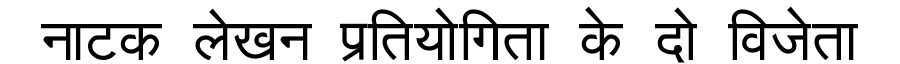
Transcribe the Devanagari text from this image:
नाटक लेखन प्रतियोगिता के दो विजेता